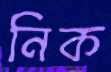
নিক